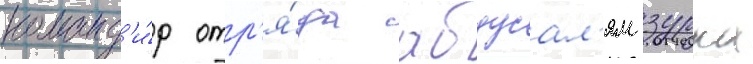
команд'и́р отр'я́да абдусал'ям зурка